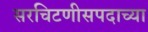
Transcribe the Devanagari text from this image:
सरचिटणीसपदाच्या